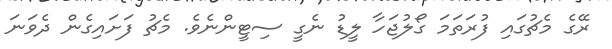
ރޭގެ މެޗުގައި ފުރަތަމަ ގޯލުޖަހާ ލީޑު ނެގީ ސިޓީންނެވެ. މެޗު ފަށައިގެން ދެވަނަ